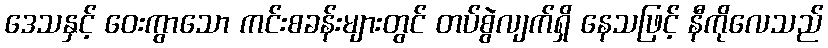
ဒေသနှင့် ဝေးကွာသော ကင်းစခန်းများတွင် တပ်စွဲလျက်ရှိ နေသဖြင့် နီကိုလေသည်